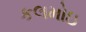
કલમોઇ